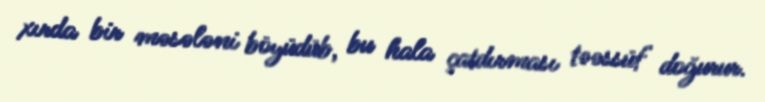
xırda bir məsələni böyüdüb, bu hala çatdırması təəssüf doğurur.